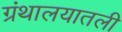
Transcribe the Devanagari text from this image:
ग्रंथालयातली